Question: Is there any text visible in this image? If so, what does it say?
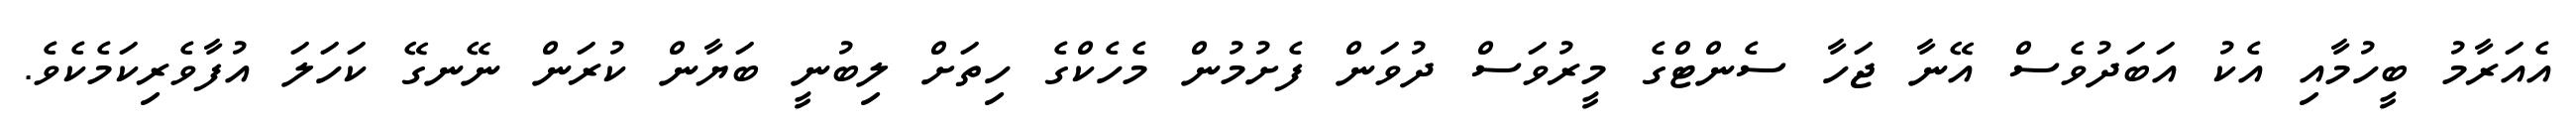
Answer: އެއަރާމު ބީހުމާއި އެކު އަބަދުވެސް އޭނާ ޖަހާ ސެންޓްގެ މީރުވަސް ދުވަން ފެށުމުން މެހެކްގެ ހިތަށް ލިބުނީ ބަޔާން ކުރަން ނޭނގޭ ކަހަލަ އުފާވެރިކަމެކެވެ.